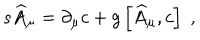
s \widehat { A } _ { \mu } = \partial _ { \mu } c + g \left[ \widehat { A } _ { \mu } , c \right] \; ,